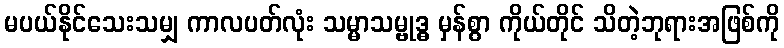
မပယ်နိုင်သေးသမျှ ကာလပတ်လုံး သမ္မာသမ္ဗုဒ္ဓ မှန်စွာ ကိုယ်တိုင် သိတဲ့ဘုရားအဖြစ်ကို